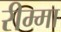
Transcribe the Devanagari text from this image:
रीम्मा